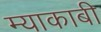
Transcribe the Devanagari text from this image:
म्याकाबी